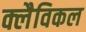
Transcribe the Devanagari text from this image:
क्लैविकल